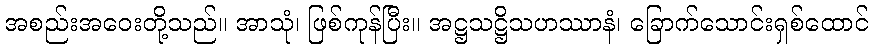
အစည်းအဝေးတို့သည်။ အာသုံ၊ ဖြစ်ကုန်ပြီး။ အဋ္ဌသဋ္ဌိသဟဿာနံ၊ ခြောက်သောင်းရှစ်ထောင်